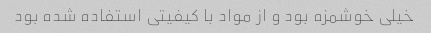
خیلی خوشمزه بود و از مواد با کیفیتی استفاده شده بود